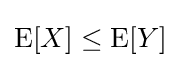
\operatorname {E} [X]\leq \operatorname {E} [Y]